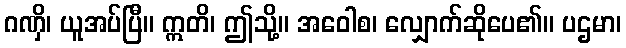
ဂဏှိ၊ ယူအပ်ပြီ။ ဣတိ၊ ဤသို့။ အဝေါစ၊ လျှောက်ဆိုပေ၏။ ပဌမာ၊